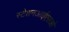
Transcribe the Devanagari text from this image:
स्टेशनआईएसओ